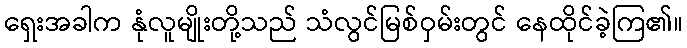
ရှေးအခါက နုံလူမျိုးတို့သည် သံလွင်မြစ်ဝှမ်းတွင် နေထိုင်ခဲ့ကြ၏။